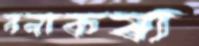
মনাকষা